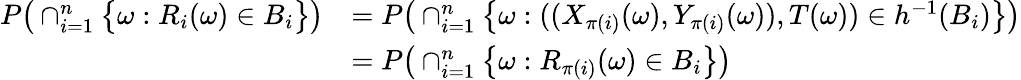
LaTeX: \begin{array}{rl}{P\big(\cap_{i=1}^{n}\big\{ \omega:R_{i}(\omega)\in B_{i}\big\} \big)}&{=P\big(\cap_{i=1}^{n}\big\{ \omega:((X_{\pi(i)}(\omega),Y_{\pi(i)}(\omega)),T(\omega))\in h^{-1}(B_{i})\big\} \big)}\\ &{=P\big(\cap_{i=1}^{n}\big\{ \omega:R_{\pi(i)}(\omega)\in B_{i}\big\} \big)}\end{array}